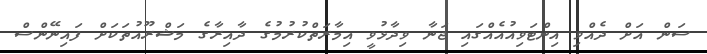
ސަން އަށް ދެއްވި އިންޓަވިއުއެއްގައި ޖަނާ ވިދާޅުވީ އިމާރަތްކުރުމުގެ ދާއިރާގެ މަޝްރޫއުތަކަށް ފައިނޭންސް